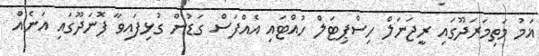
ޣަމު މަތިމަރަދޫގައި ރީޖަނަލް ހިސްޕިޓަލް ހުއްޓައި އެއްފަސް ގަޑުން ގުޅިފައިވާ ފޮނަދޫގައި އަނެއް